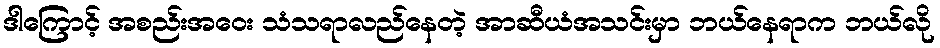
ဒါကြောင့် အစည်းအဝေး သံသရာလည်နေတဲ့ အာဆီယံအသင်းမှာ ဘယ်နေရာက ဘယ်လို